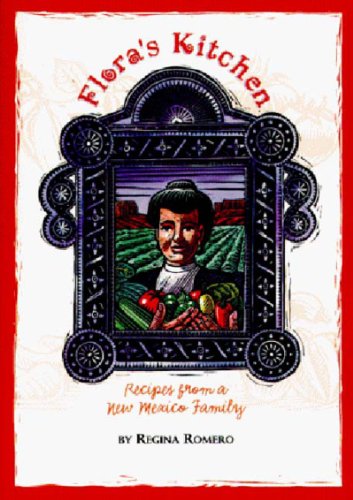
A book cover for Flora's Kitchen: Recipes from a New Mexico Family; Regina Romero; Cookbooks, Food & Wine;